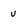
Character: u